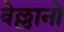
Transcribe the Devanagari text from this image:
वेल्लानो